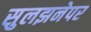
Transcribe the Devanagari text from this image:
सुलझनेपर